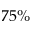
7 5 \%